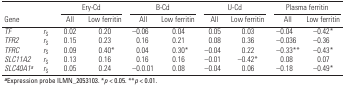
<table><thead><tr><td rowspan="2" colspan="2"><b>Gene </b></td><td colspan="2"><b>Ery-Cd</b></td><td colspan="2"><b>B-Cd</b></td><td colspan="2"><b>U-Cd</b></td><td colspan="2"><b>Plasma ferritin</b></td></tr><tr><td><b>All</b></td><td><b>Low ferritin</b></td><td><b>All</b></td><td><b>Low ferritin</b></td><td><b>All</b></td><td><b>Low ferritin</b></td><td><b>All</b></td><td><b>Low ferritin</b></td></tr></thead><tbody><tr><td>TF</td><td>rS</td><td>0.02</td><td>0.20</td><td>–0.06</td><td>0.04</td><td>0.05</td><td>0.03</td><td>–0.04</td><td>–0.42*</td></tr><tr><td>TFR2</td><td>rS</td><td>0.15</td><td>0.23</td><td>0.16</td><td>0.21</td><td>0.08</td><td>0.36</td><td>–0.036</td><td>–0.36</td></tr><tr><td>TFRC</td><td>rS</td><td>0.09</td><td>0.40*</td><td>0.04</td><td>0.30*</td><td>–0.04</td><td>0.22</td><td>–0.33**</td><td>–0.43*</td></tr><tr><td>SLC11A2</td><td>rS</td><td>0.13</td><td>0.16</td><td>0.16</td><td>0.16</td><td>–0.01</td><td>–0.42*</td><td>0.08</td><td>0.07</td></tr><tr><td>SLC40A1a</td><td>rS</td><td>0.05</td><td>0.24</td><td>–0.0.01</td><td>0.08</td><td>–0.04</td><td>0.06</td><td>–0.18</td><td>–0.49*</td></tr><tr><td colspan="10">aExpression probe ILMN_2053103. *p &lt; 0.05. **p &lt;0.01.</td></tr></tbody></table>